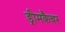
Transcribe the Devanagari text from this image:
ड्रीमकैचर